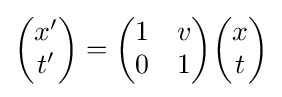
{\begin{pmatrix}x'\\t'\end{pmatrix}}={\begin{pmatrix}1&v\\0&1\end{pmatrix}}{\begin{pmatrix}x\\t\end{pmatrix}}